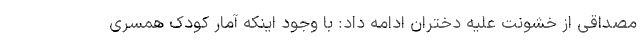
مصداقی از خشونت علیه دختران ادامه داد: با وجود اینکه آمار کودک همسری